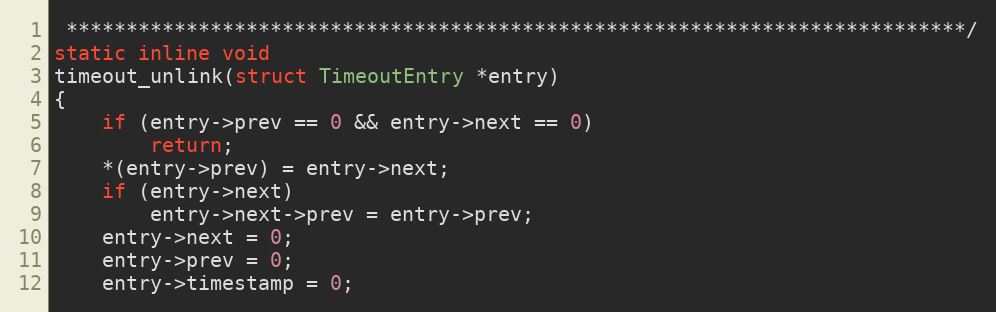
Language: C
 ***************************************************************************/
static inline void
timeout_unlink(struct TimeoutEntry *entry)
{
    if (entry->prev == 0 && entry->next == 0)
        return;
    *(entry->prev) = entry->next;
    if (entry->next)
        entry->next->prev = entry->prev;
    entry->next = 0;
    entry->prev = 0;
    entry->timestamp = 0;